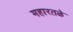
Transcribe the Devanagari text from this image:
महारतळे